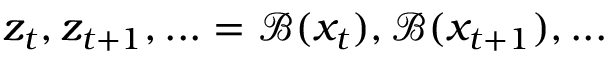
z _ { t } , z _ { t + 1 } , . . . = \mathcal { B } ( x _ { t } ) , \mathcal { B } ( x _ { t + 1 } ) , . . .